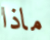
ماذا